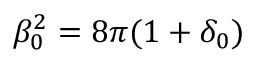
\beta _ { 0 } ^ { 2 } = 8 \pi ( 1 + \delta _ { 0 } )